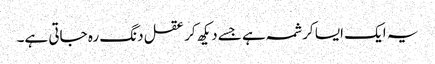
یہ ایک ایسا کرشمہ ہے جسے دیکھ کر عقل دنگ رہ جاتی ہے۔